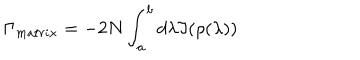
LaTeX: \Gamma _ { m a t r i x } = - 2 N \int _ { a } ^ { b } d \lambda \Im ( \rho ( \lambda ) )